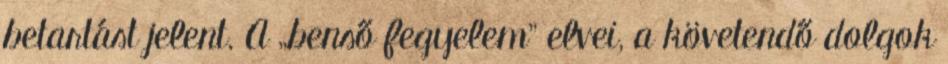
betartást jelent. A „benső fegyelem” elvei, a követendő dolgok